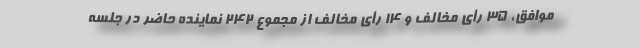
موافق، ۳۵ رأی مخالف و ۱۴ رأی مخالف از مجموع ۲۴۲ نماینده حاضر در جلسه